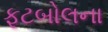
ફૂટબોલના